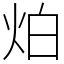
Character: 𤇢